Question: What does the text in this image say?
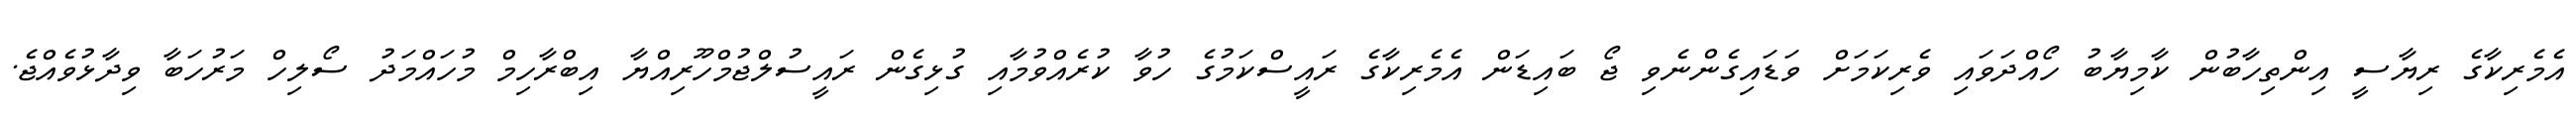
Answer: އެމެރިކާގެ ރިޔާސީ އިންތިހާބުން ކާމިޔާބު ހޯއްދަވައި ވެރިކަމަށް ވަޑައިގެންނެވި ޖޯ ބައިޑަން އެމެރިކާގެ ރައީސްކަމުގެ ހުވާ ކުރެއްވުމާއި ގުޅިގެން ރައީސުލްޖުމްހޫރިއްޔާ އިބްރާހިމް މުހައްމަދު ސޯލިހް މަރުހަބާ ވިދާޅުވެއްޖެ.